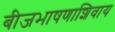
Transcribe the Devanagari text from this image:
बीजभाषणाशिवाय